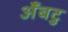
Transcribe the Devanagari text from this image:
अँबटु